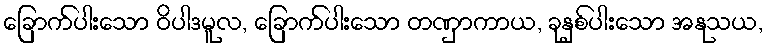
ခြောက်ပါးသော ဝိပါဒမူလ, ခြောက်ပါးသော တဏှာကာယ, ခုနှစ်ပါးသော အနုသယ,